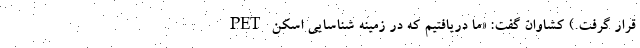
قرار گرفت.) کشاوان گفت: «ما دریافتیم که در زمینه شناسایی اسکن PET